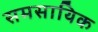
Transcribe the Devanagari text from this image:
समसायिक